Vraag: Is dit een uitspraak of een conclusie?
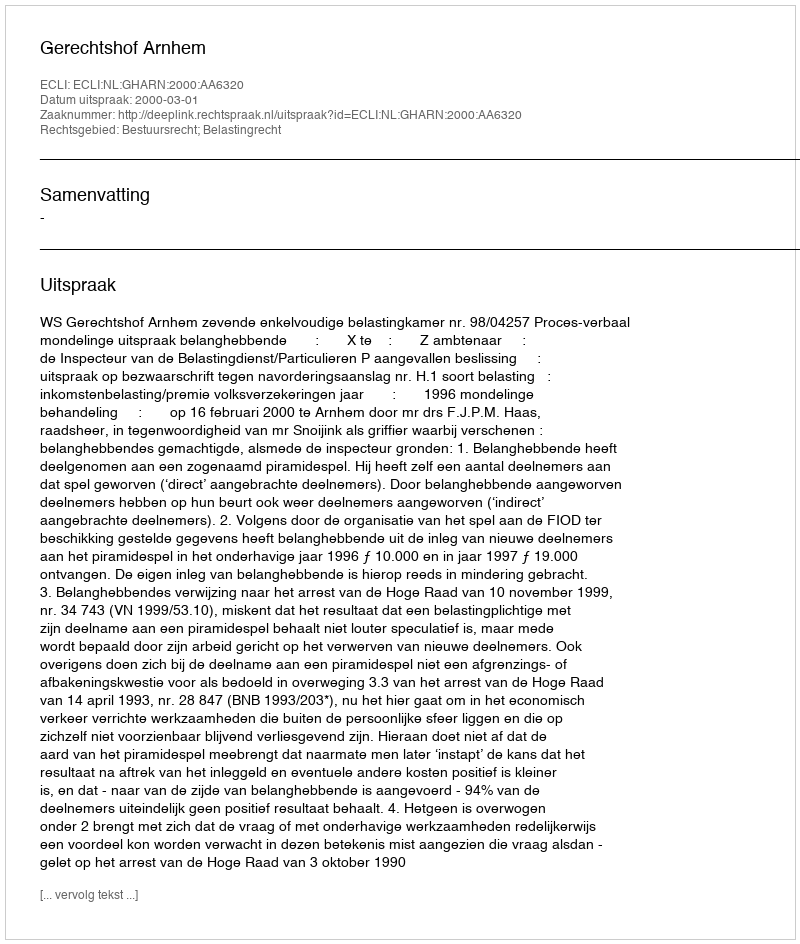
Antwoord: Uitspraak